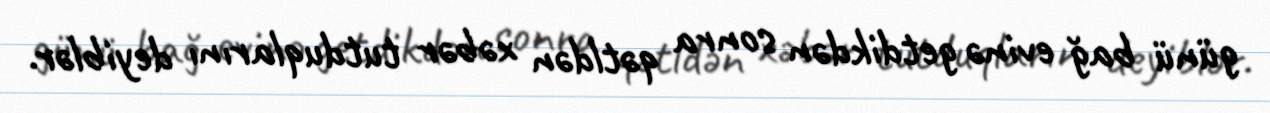
günü bağ evinə getdikdən sonra qətldən xəbər tutduqlarını deyiblər.